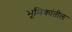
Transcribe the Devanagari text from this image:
भूमिकांतील